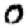
Digit: 0